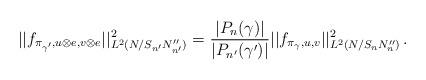
LaTeX: \begin{align*}||f_{\pi_{\gamma'},u\otimes e,v\otimes e}||^2_{L^2(N / S_{n'} N''_{n'})} = \frac{|P_n(\gamma)|}{|P_{n'}(\gamma')|}||f_{\pi_\gamma,u,v}||^2_{L^2(N / S_n N''_n)}\,.\end{align*}